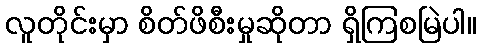
လူတိုင်းမှာ စိတ်ဖိစီးမှုဆိုတာ ရှိကြစမြဲပါ။